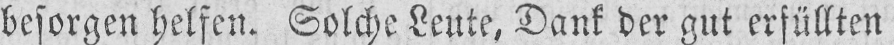
besorgen helfen. Solche Leute, Dank der gut erfüllten